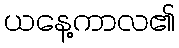
ယနေ့ကာလ၏